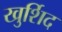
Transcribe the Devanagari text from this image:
खुर्शिद